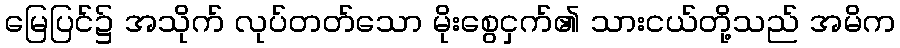
မြေပြင်၌ အသိုက် လုပ်တတ်သော မိုးစွေငှက်၏ သားငယ်တို့သည် အမိက